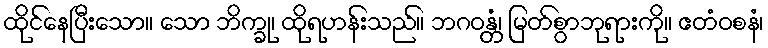
ထိုင်နေပြီးသော။ သော ဘိက္ခု၊ ထိုရဟန်းသည်။ ဘဂဝန္တံ၊ မြတ်စွာဘုရားကို။ ဧတံဝစနံ၊